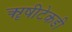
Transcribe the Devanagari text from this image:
ॠषीटेकडी